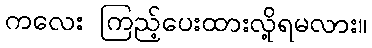
ကလေး ကြည့်ပေးထားလို့ရမလား။